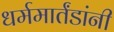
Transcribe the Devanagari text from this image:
धर्ममार्तंडांनी